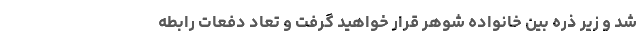
شد و زیر ذره بین خانواده شوهر قرار خواهید گرفت و تعاد دفعات رابطه